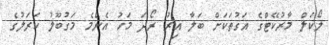
ލޯކަލް މާރުކޭޓްގެ އަގުތަކަށް ބަލާ އިރު ރޯދަ މަހު އެންމެ މަގުބޫލު ކަރަލުގެ